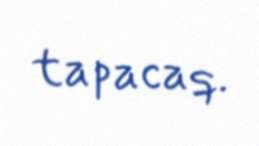
tapacaq.